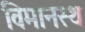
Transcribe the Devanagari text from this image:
विमानस्थ